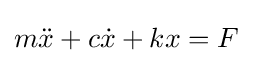
m{\ddot {x}}+c{\dot {x}}+kx=F